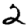
Digit: 2